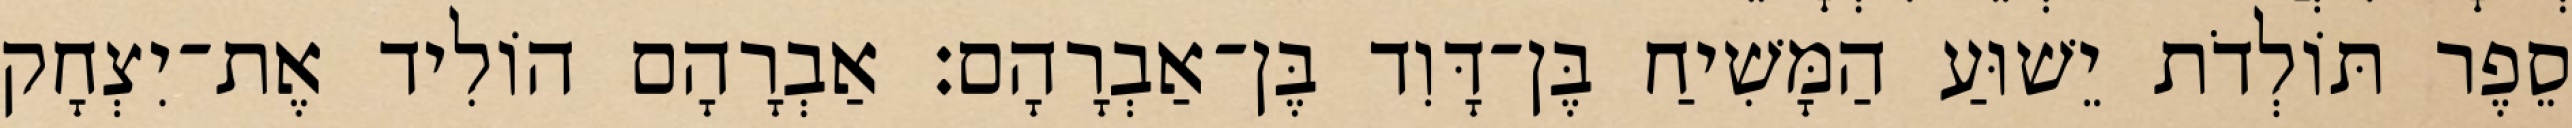
סֵפֶר תּוֹלְדֹת יֵשׁוּעַ הַמָּשִׁיחַ בֶּן־דָּוִד בֶּן־אַבְרָהָם׃ אַבְרָהָם הוֹלִיד אֶת־יִצְחָק